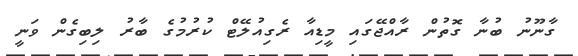
ގާނޫނު ބުނާ ގޮތުން ރާއްޖޭގައި މީޑިއާ ރެގިއުލޭޓް ކުރުމުގެ ބާރު ލިބިގެން ވަނީ